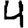
Digit: 4